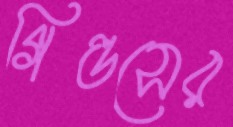
গিল্ডসের